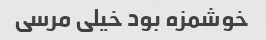
خوشمزه بود خیلی مرسی